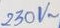
Text: 230V~